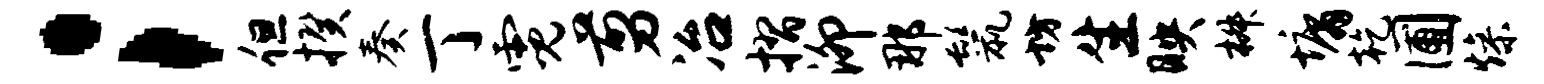
；但揆奏丁霓剪冶摺泖那鬣坊生映椒墉乾圃燥